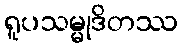
ရူပသမ္မုဒိတဿ